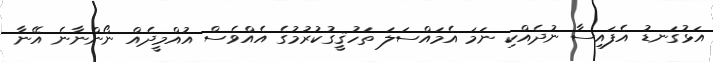
އަޅުގަނޑު އެފައިސާ ނުދެއްކި ނަމަ އެމައްސަލަ ތަހުޤީގުކުރުމުގެ އެއްވެސް އުއްމީދެއް ނޯންނާނެ އޭނާ